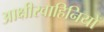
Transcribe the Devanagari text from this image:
आक्षीरवाहिनियों